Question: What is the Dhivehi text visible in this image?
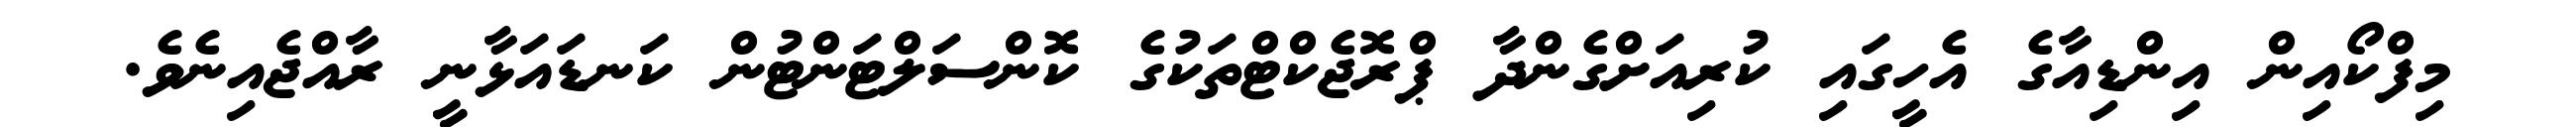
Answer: މިފްކޯއިން އިންޑިއާގެ އެހީގައި ކުރިއަށްގެންދާ ޕްރޮޖެކްޓްތަކުގެ ކޮންސަލްޓަންޓުން ކަނޑައަޅާނީ ރާއްޖެއިނެވެ.